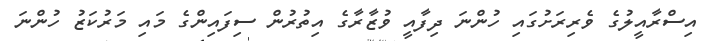
އިސްރާއީލުގެ ވެރިރަށުގައި ހުންނަ ދިފާއީ ވުޒާރާގެ އިތުރުން ސިފައިންގެ މައި މަރުކަޒު ހުންނަ